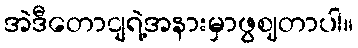
အဲဒီတောငျရဲ့အနားမှာဖွဈတာပါ။